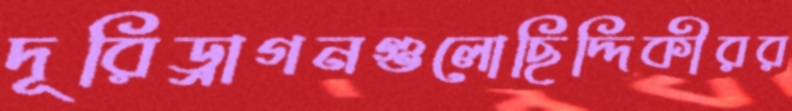
দূরিড্রাগনগুলোছিদ্দিকীরর